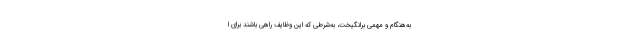
به‌هنگام و مهمی برانگیخت، به‌شرطی ‌که این وظایف راهی باشند برای ا